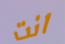
انت